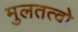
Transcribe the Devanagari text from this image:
मुलतत्वो